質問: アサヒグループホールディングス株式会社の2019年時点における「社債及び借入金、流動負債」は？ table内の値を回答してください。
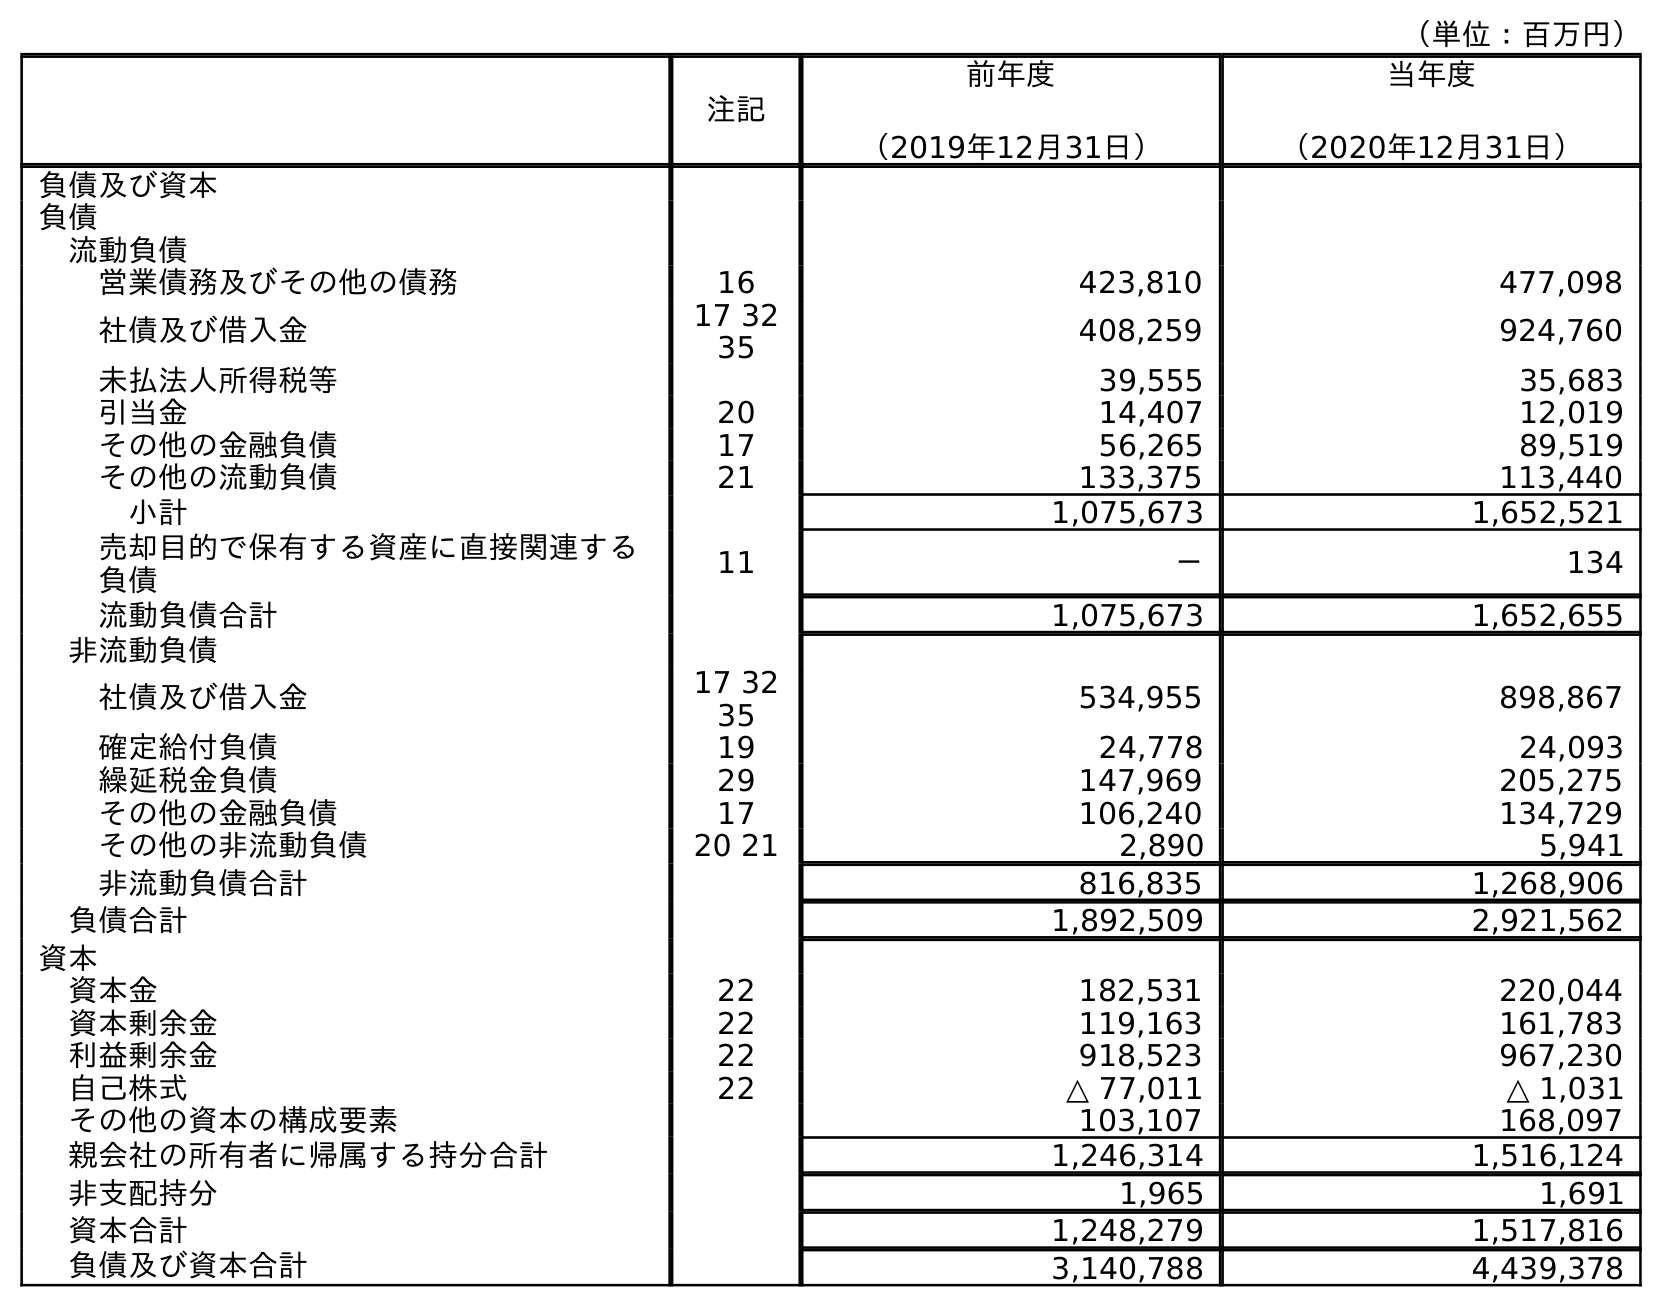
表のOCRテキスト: （単位：百万円） 注記 前年度 （2019年12月31日） 当年度 （2020年12月31日） 負債及び資本 負債 流動負債 営業債務及びその他の債務 16 423,810 477,098 社債及び借入金 17 32 35 408,259 924,760 未払法人所得税等 39,555 35,683 引当金 20 14,407 12,019 その他の金融負債 17 56,265 89,519 その他の流動負債 21 133,375 113,440 小計 1,075,673 1,652,521 売却目的で保有する資産に直接関連する 負債 11 － 134 流動負債合計 1,075,673 1,652,655 非流動負債 社債及び借入金 17 32 35 534,955 898,867 確定給付負債 19 24,778 24,093 繰延税金負債 29 147,969 205,275 その他の金融負債 17 106,240 134,729 その他の非流動負債 20 21 2,890 5,941 非流動負債合計 816,835 1,268,906 負債合計 1,892,509 2,921,562 資本 資本金 22 182,531 220,044 資本剰余金 22 119,163 161,783 利益剰余金 22 918,523 967,230 自己株式 22 △ 77,011 △ 1,031 その他の資本の構成要素 103,107 168,097 親会社の所有者に帰属する持分合計 1,246,314 1,516,124 非支配持分 1,965 1,691 資本合計 1,248,279 1,517,816 負債及び資本合計 3,140,788 4,439,378
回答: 408,259